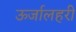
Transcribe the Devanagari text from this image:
ऊर्जालहरी